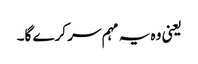
یعنی وہ یہ مہم سر کرے گا۔